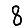
Digit: 8